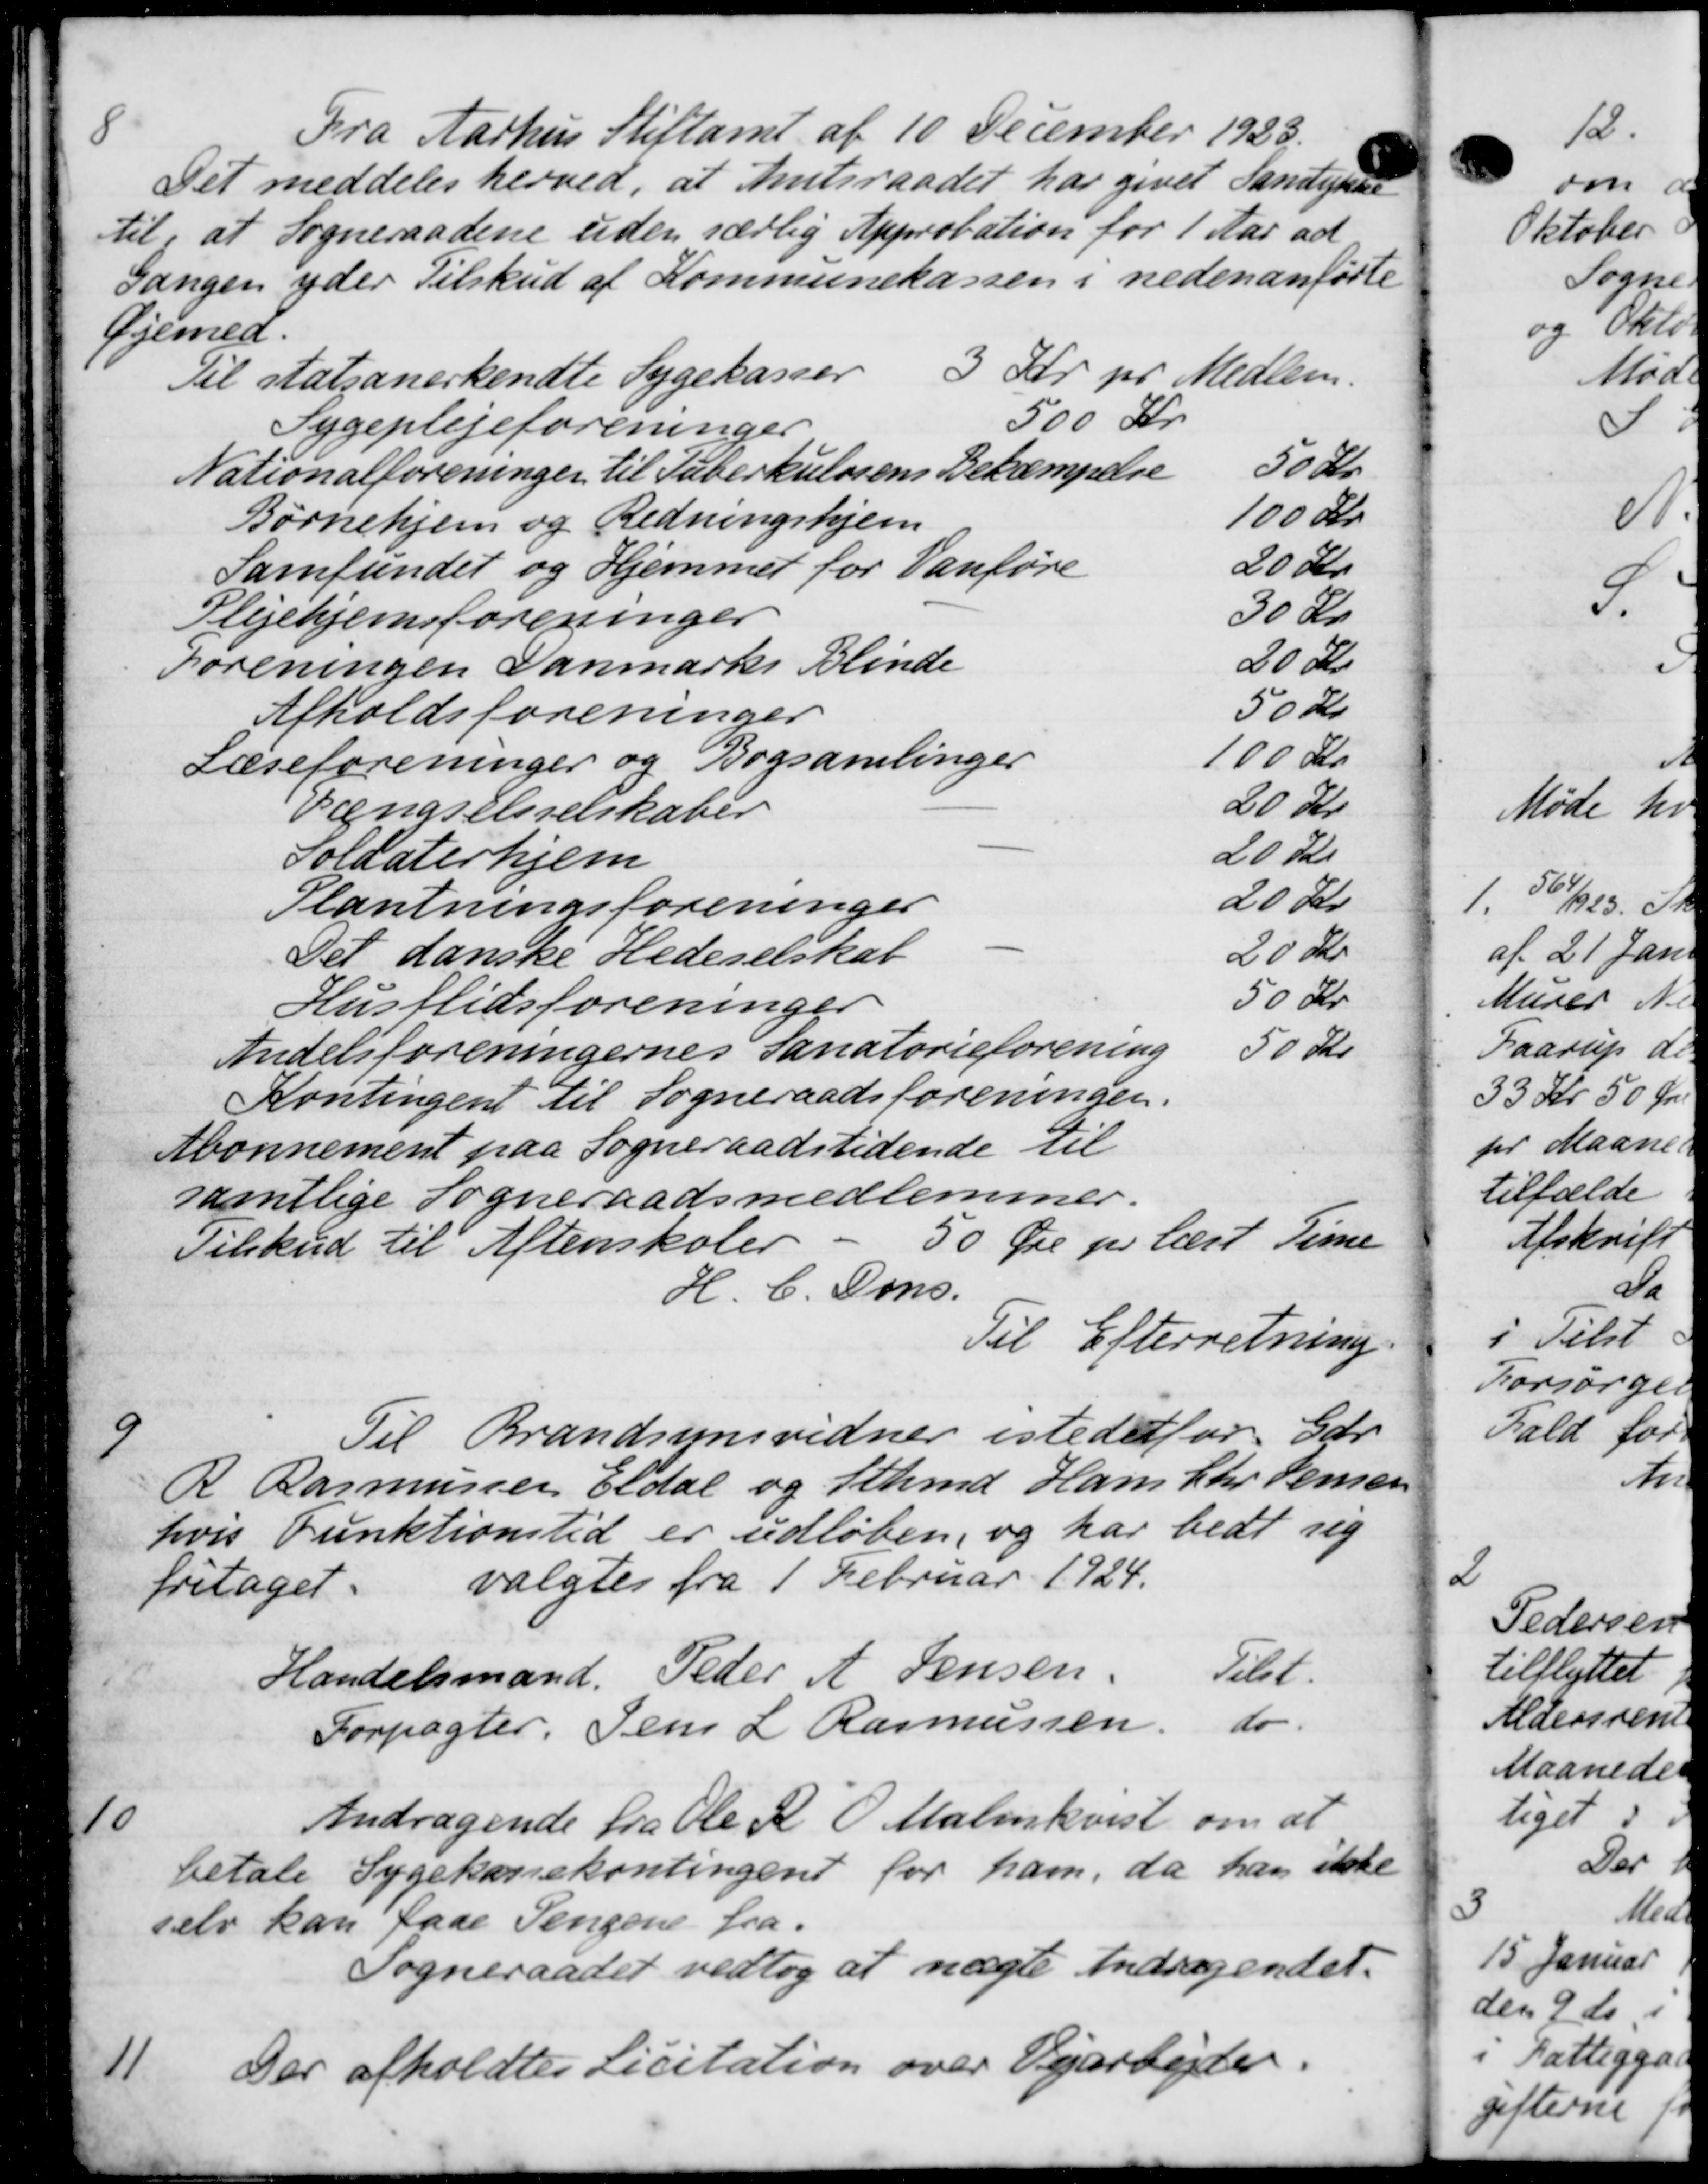
Transskription:
8
Fra Aarhus Stiftamt af 10 December 1923.
Det meddeles herved, at Amtsraadet har givet Samtynde
til, at Sogneraadene uden særlig Approbation for 1 Aar ad
Gangen yder Tilskud af Kommunekassen i nedenanførte
Øjemed.
Til statsanerkendte Sygekasser
3 Kr pr Medlem.
Sygeplejeforeninger
500 Kr
Nationalforeninger til Tuberkulosens Bekæmpelse
50 Kr
Børnehjem og Redningshjem
100 Kr.
Samfundet og Hjemmet for Vanføre
20 Kr.
Plejehjemsforeninger
30 Kr.
foreningen Danmarks Blinde
20 Kr.
Afholdsforeninger
50 Kr
Læseforeninger og Bogsamlinger
100 Kr.
Vængselsselskaber
20 Kr
Soldaterhjem
20 Kr
Plantningsforeninger
20 Kr.
Det danske Hedeselskab
20 Kr.
Husflidsforeninger
50 Kr
Andelsforeningernes Sanatorieforening
50 Kr.
Kontingent til Sogneraadsforeningen.
Abonnement paa Sogneraadstidende til
samtlige Sogneraadsmedlemmer.
Tilskud til Aftenskoler - 50 Øre pr læst Time
H. C. Oms.
Til Efterretning
9
Til Brandsynsvidner istedetfor Gdr
R Rasmussen Eldal og Schmd Hans Chr Jensen
hvis Funktionstid er udløben, og har bedt sig
fritaget.
valgtes fra 1 Februar 1924.
Handelsmand Peder A. Jensen Tlb.
Forpagter Jens L. Rasmussen, do
10
Andragende fra Ole R. O. Malmkvist om at
betale Sygekassekontingent for ham, da han ikke
selv kan faae Sengene fra
Sogneraadet vedtog at nægte Andragendet.
11
Der afholdtes Licitation over Vejarbejder